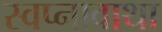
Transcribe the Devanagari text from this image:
स्वप्नावाथा